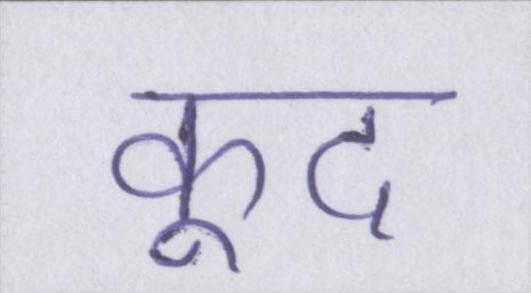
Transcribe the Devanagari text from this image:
कूद